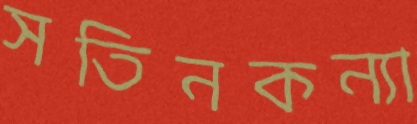
সতিনকন্যা